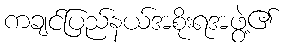
ကချင်ပြည်နယ်အစိုးရအဖွဲ့၏